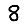
Digit: 8